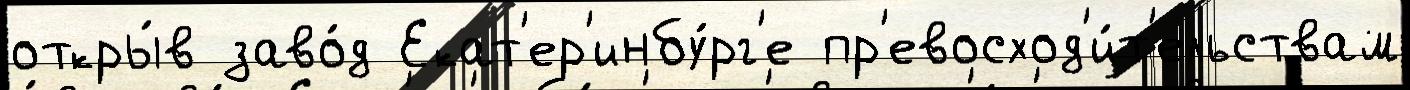
откры́в заво́д Екат'ер'инбу́рг'е пр'евосход'и́т'ельствам